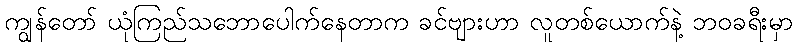
ကျွန်တော် ယုံကြည်သဘောပေါက်နေတာက ခင်ဗျားဟာ လူတစ်ယောက်နဲ့ ဘဝခရီးမှာ